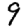
Digit: 9